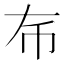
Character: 𢁛